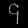
Digit: ၄